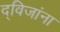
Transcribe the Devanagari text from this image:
द्विजांना